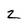
Character: 2